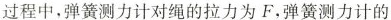
过程中，弹簧测力计对绳的拉力为F，弹簧测力计的